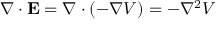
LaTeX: \nabla \cdot \mathbf { E } = \nabla \cdot ( - \nabla V ) = - \nabla ^ { 2 } V